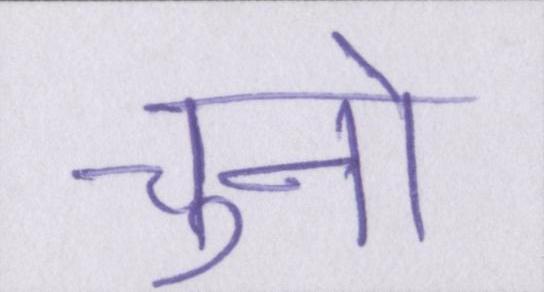
चुनो